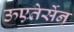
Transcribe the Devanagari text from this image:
ऊएतेर्सेन्